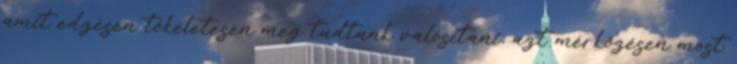
amit edzésen tökéletesen meg tudtunk valósítani, azt mérkőzésen most